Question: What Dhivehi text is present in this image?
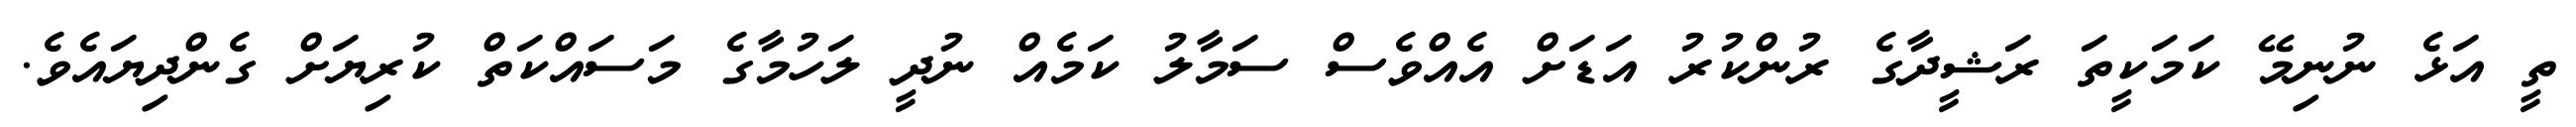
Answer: ތީ އަޅެ ނުނިމޭ ކަމަކީތަ ރަޝީދާގެ ރުންކުރު އަޑަށް އެއްވެސް ސަމާލު ކަމެއް ނުދީ ލަހުމާގެ މަސައްކަތް ކުރިޔަށް ގެންދިޔައެވެ.